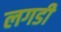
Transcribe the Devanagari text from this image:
लगडी